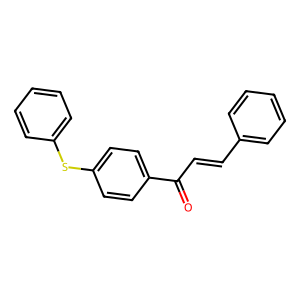
SMILES: O=C(C=Cc1ccccc1)c1ccc(Sc2ccccc2)cc1
Inhibits HIV replication: No